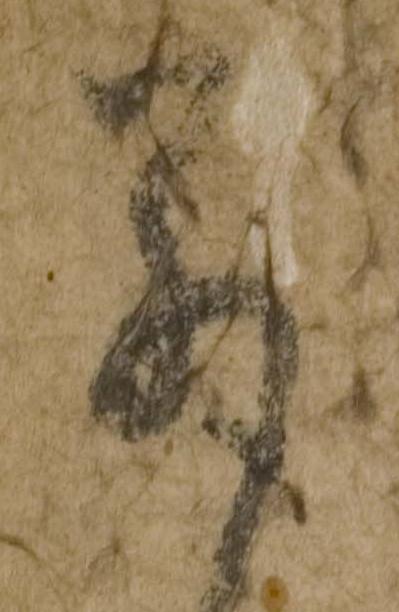
早